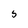
Character: 5